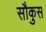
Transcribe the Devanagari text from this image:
सौकुस